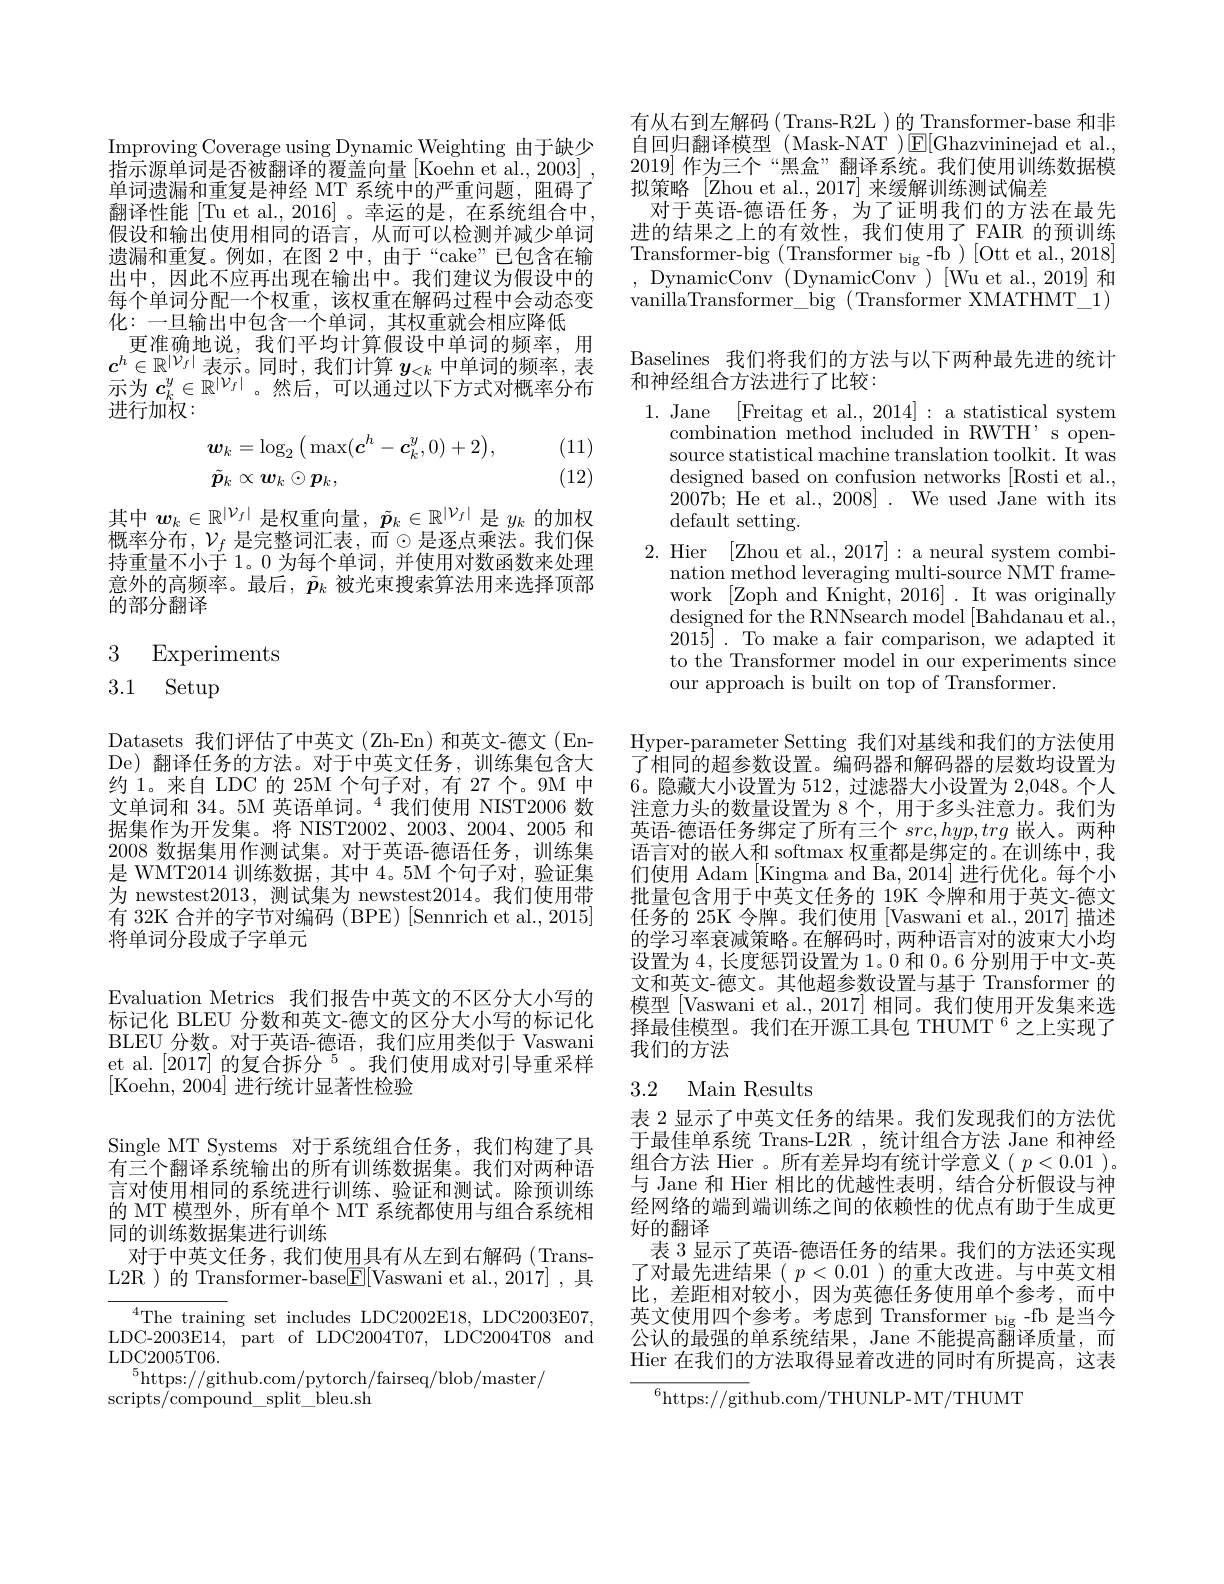
Improving Coverage using Dynamic Weighting 由于缺少指示源单词是否被翻译的覆盖向量 [Koehn et al., 2003] 单词遗漏和重复是神经 MT 系统中的严重问题，阻碍了翻译性能 [Tu et al., 2016] 。幸运的是，在系统组合中， 假设和输出使用相同的语言，从而可以检测并减少单词遗漏和重复。例如，在图 2中，由于“cake”已包含在输出中，因此不应再出现在输出中。我们建议为假设中的每个单词分配一个权重，该权重在解码过程中会动态变化：一旦输出中包含一个单词，其权重就会相应降低
更准确地说，我们平均计算假设中单词的频率，用$c^h\in\mathbb{R}^{|\mathcal{V}_f|}$表示。同时，我们计算$y_<k$中单词的频率，表示为$c_k^y\in\tilde{\mathbb{R}}^{|\tilde{\mathcal{V}}_f|}$。然后，可以通过以下方式对概率分布进行加权：
$$\begin{aligned}&\boldsymbol{w}_{k}=\log_{2}\big(\max(\boldsymbol{c}^{h}-\boldsymbol{c}_{k}^{y},0)+2\big),\\&\tilde{\boldsymbol{p}}_{k}\propto\boldsymbol{w}_{k}\odot\boldsymbol{p}_{k},\end{aligned}$$
(11) (12)

其中$w_k\in\mathbb{R}^{|\mathcal{V}_f|}$是权重向量$,\tilde{p}_k\in\mathbb{R}^{|\mathcal{V}_f|\text{ 是 }y_k\text{ 的加权}}$ 概率分布，$\mathcal{V}_f$ 是完整词汇表，而$\odot$是逐点乘法。我们保持重量不小于 1。0 为每个单词，并使用对数函数来处理意外的高频率。最后，$\tilde{p}_k$被光束搜索算法用来选择顶部的部分翻译
$$\begin{matrix}3&\text{Experiments}\\3.1&\text{Setup}\end{matrix}$$
Datasets 我们评估了中英文(Zh-En)和英文-德文(EnDe) 翻译任务的方法。对于中英文任务，训练集包含大约1。来自 LDC 的 25M 个句子对，有 27 个。9M 中文单词和 34。5M 英语单词。$^{4}$我们使用 NIST2006 数据集作为开发集。将 NIST2002、2003、2004、2005 和2008 数据集用作测试集。对于英语-德语任务，训练集是 WMT2014 训练数据，其中 4。5M 个句子对，验证集为 newstest2013, 测试集为 newstest2014。我们使用带有 32K 合并的字节对编码 (BPE) [Sennrich et al., 2015] 将单词分段成子字单元

Evaluation Metrics 我们报告中英文的不区分大小写的标记化 BLEU 分数和英文-德文的区分大小写的标记化BLEU 分数。对于英语-德语，我们应用类似于 Vaswani et al.[2017]的复合拆分$^{5}$。我们使用成对引导重采样[Koehn, 2004] 进行统计显著性检验

Single MT Systems 对于系统组合任务，我们构建了具有三个翻译系统输出的所有训练数据集。我们对两种语言对使用相同的系统进行训练、验证和测试。除预训练的 MT 模型外，所有单个 MT 系统都使用与组合系统相同的训练数据集进行训练
对于中英文任务，我们使用具有从左到右解码(TransL2R )的 Transformer-base$\boxed{\mathrm{F}}[$Vaswani et al.,2017] ,具
${^{4}\text{The training set includes LDC2002E18, LDC2003E07,}}$ LDC-2003E14,~part~of~LDC2004T07,~LDC2004T08~and LDC2005T06.
$^{5}$https://github.com/pytorch/fairseq/blob/master/
scripts/compound\_split\_bleu.sh

有从右到左解码(Trans-R2L)的 Transformer-base 和非自回归翻译模型 (Mask-NAT )$\operatorname{E}[$Ghazvininejad et al. 2019]作为三个“黑盒”翻译系统。我们使用训练数据模拟策略 [Zhou et al.,2017] 来缓解训练测试偏差
对于英语-德语任务，为了证明我们的方法在最先进的结果之上的有效性，我们使用了 FAIR 的预训练$Transformer-big(Transformer_{\mathrm{big}}-fb)[Ottetal.,2018]$ ,DynamicConv(DynamicConv)[Wu et al.,2019]和vanillaTransformer\_big (Transformer XMATHMT\_1)

Baselines 我们将我们的方法与以下两种最先进的统计
## 和神经组合方法进行了比较：

1. Jane [Freitag et al., 2014]: a statistical system
combination method included in RWTH' s opensource statistical machine translation toolkit. It was designed based on confusion networks [Rosti et al., 2007b; He et al., 2008]. We used Jane with its default setting.
2. Hier [Zhou et al., 2017]: a neural system combi-
nation method leveraging multi-source NMT framedesigned for the RNNsearch model [ Bahdanau et al. , 2015]. To make a fair comparison, we adapted it to the Transformer model in our experiments since our approach is built on top of Transformer.

Hyper-parameter Setting 我们对基线和我们的方法使用了相同的超参数设置。编码器和解码器的层数均设置为6。隐藏大小设置为 512, 过滤器大小设置为 2,048。个人注意力头的数量设置为 8 个，用于多头注意力。我们为英语-德语任务绑定了所有三个$src,hyp,trg$嵌人。两种语言对的嵌人和 softmax 权重都是绑定的。在训练中，我们使用 Adam [Kingma and Ba, 2014] 进行优化。每个小批量包含用于中英文任务的 19K 令牌和用于英文-德文任务的 25K 令牌。我们使用 [Vaswani et al., 2017] 描述的学习率衰减策略。在解码时，两种语言对的波束大小均设置为 4, 长度惩罚设置为 1。0 和 0。6 分别用于中文-英文和英文-德文。其他超参数设置与基于 Transformer 的模型 [Vaswani et al., 2017] 相同。我们使用开发集来选择最佳模型。我们在开源工具包 THUMT $^{6}$之上实现了我们的方法

## 3.2 Main Results

表 2 显示了中英文任务的结果。我们发现我们的方法优于最佳单系统 Trans-L2R ,统计组合方法 Jane 和神经组合方法 Hier 。所有差异均有统计学意义( $p<0.01$ )。与 Jane 和 Hier 相比的优越性表明，结合分析假设与神经网络的端到端训练之间的依赖性的优点有助于生成更好的翻译
表 3 显示了英语-德语任务的结果。我们的方法还实现了对最先进结果( $p<0.01$ )的重大改进。与中英文相比，差距相对较小，因为英德任务使用单个参考，而中英文使用四个参考。考虑到 Transformer big -fb 是当今公认的最强的单系统结果，Jane 不能提高翻译质量，而Hier 在我们的方法取得显着改进的同时有所提高，这表

$^{6}$https://github.com/THUNLP-MT/THUMT